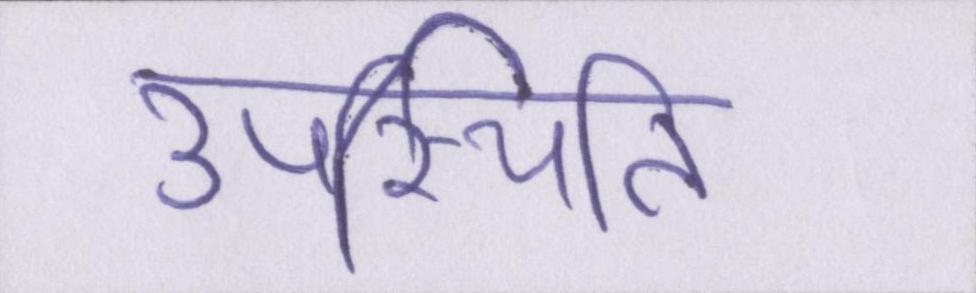
उपस्थिति